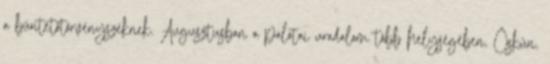
a büntetőtörvényszéknek. Augusztusban a palotai uradalom több helységében, Öskün,